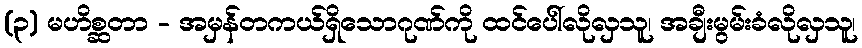
(၃) မဟိစ္ဆတာ - အမှန်တကယ်ရှိသောဂုဏ်ကို ထင်ပေါ်လိုလှသူ၊ အချီးမွမ်းခံလိုလှသူ၊